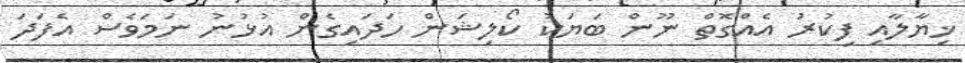
ޚިޔާލާއި ފިކުރު އެއްގޮތް ނޫން ބަޔަކު ކޯލިޝަން ހަދައިގެން އުޅުނު ނަމަވެސް އެފަދަ